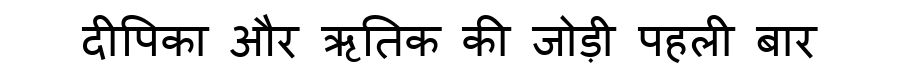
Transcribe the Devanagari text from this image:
दीपिका और ऋतिक की जोड़ी पहली बार